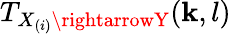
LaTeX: T_{X_{(i)}\rightarrowY}(\mathbf{k},l)